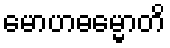
မောဟဓမ္မောတိ